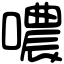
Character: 噥